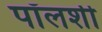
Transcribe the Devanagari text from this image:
पॉलशी